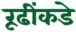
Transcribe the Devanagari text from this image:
रूढींकडे